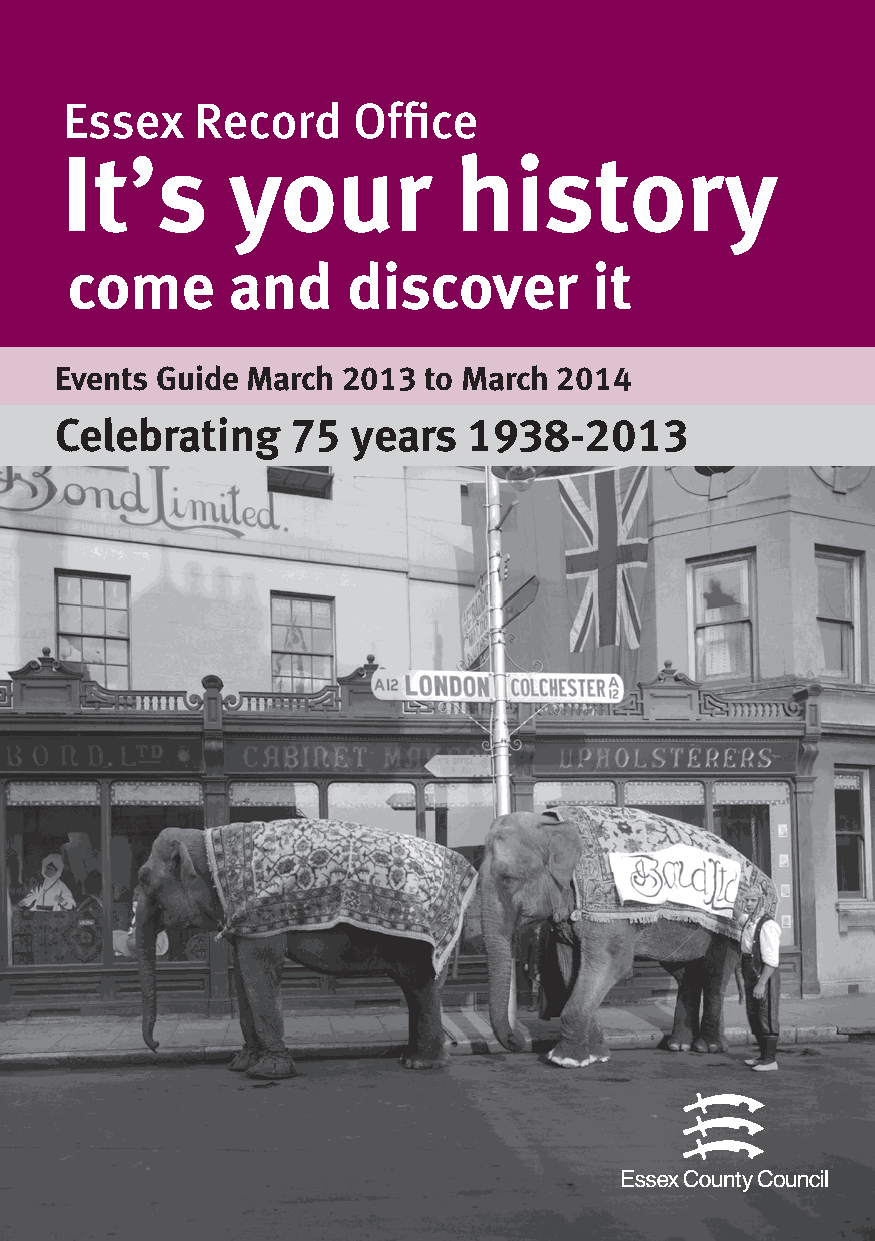
Essex    Record    Office
 It’s       your           history
 come       and     discover        it
 Events Guide March 2013 to March 2014
 Celebrating    75  years   1938-2013